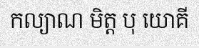
កល្យាណ មិត្ត បុ យោគី